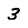
Character: 3